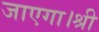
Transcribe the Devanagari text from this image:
जाएगा।श्री